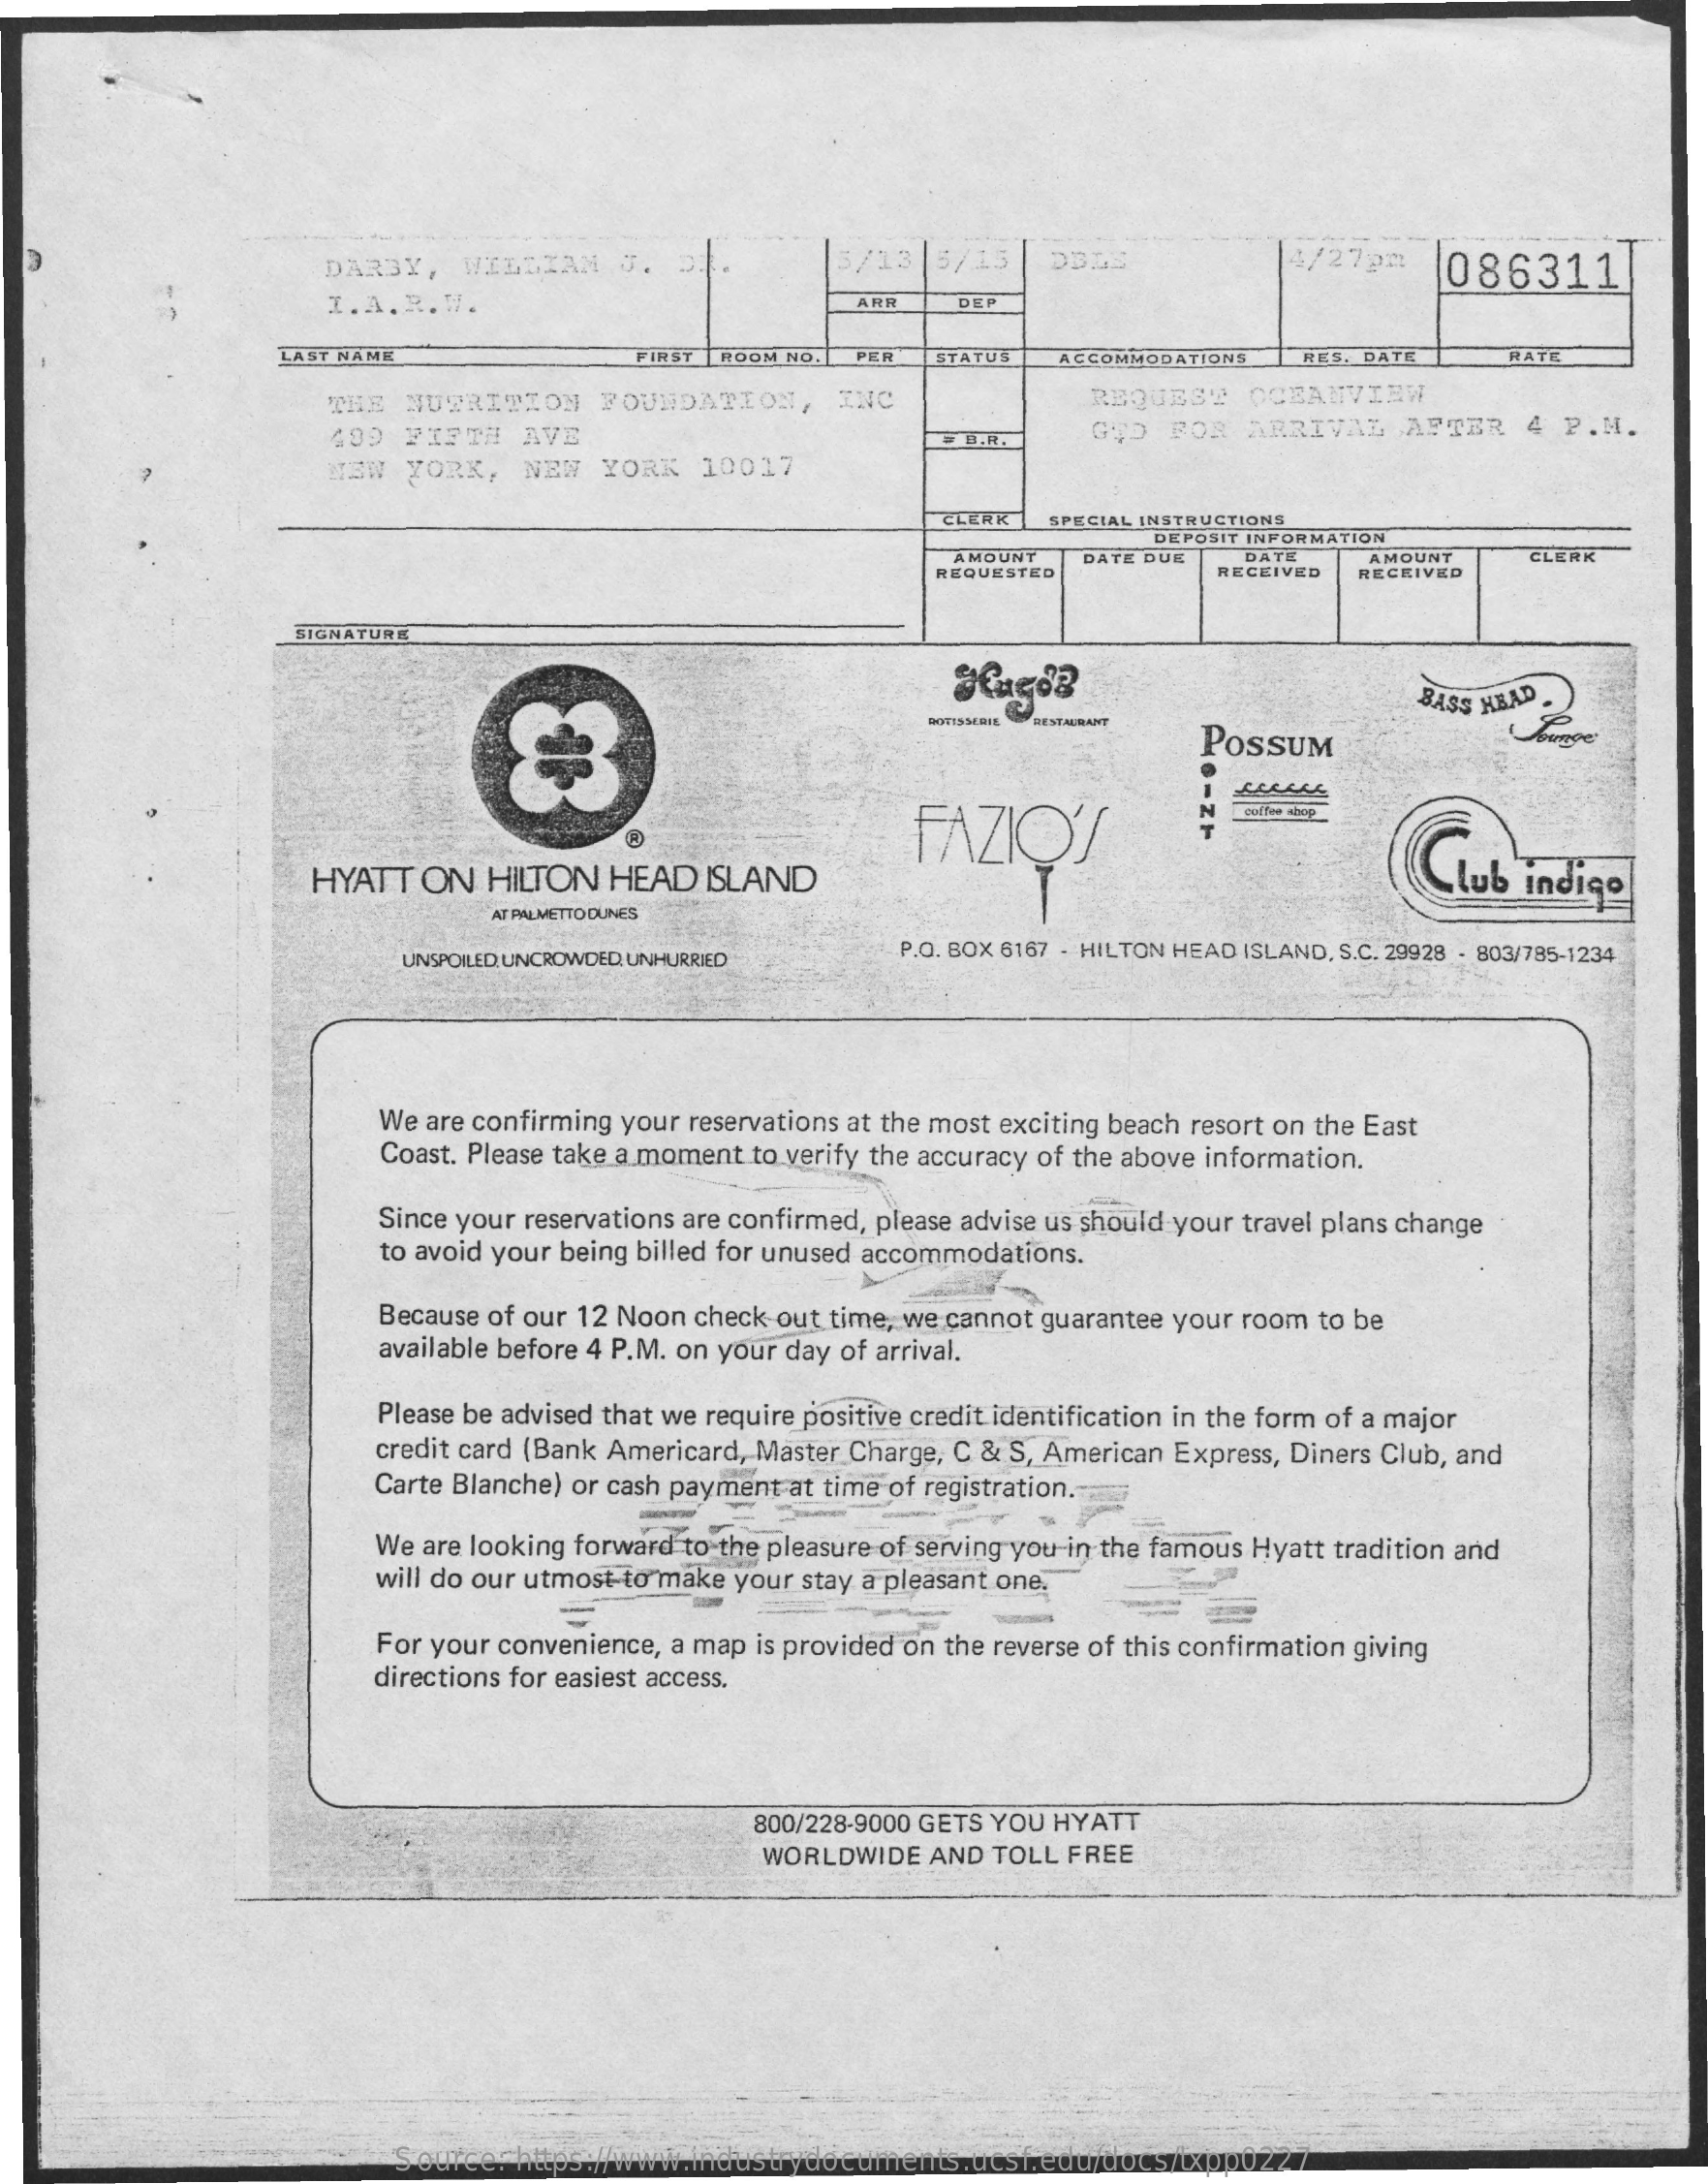
DARBY,  WILLIAM    J.    5/13   5/15   DELE    4/27pm    086311
     I.A. R.V.    ARR   DEP
     LAST NAME    FIRST ROOM NO. PER  STATUS  ACCOMMODATIONS  RES. DATE    HATE
     THE  NUTRITION    FOUNDATION,    INC    REQUEST   OCEANVIEW
     499  FIFTH  AVE    . B.R.    GTD  FOR  ARRIVAL    AFTER   4 P.M.
     NEW  YORK,   NEW  YORK  10017
     CLERK  SPECIAL INSTRUCTIONS
     DEPOSIT INFORMATION
     AMOUNT    DATE    CLERK
     REQUESTED
     DATE DUE
     RECEIVED
     AMOUNT
     RECEIVED
     SIGNATURE
     BASS HEAD
     RESTAURANT
     POSSUM
     FAZIO'T
     HYATT  ON  HILTON  HEAD  ISLAND    Club  indigo
     AT PALMETTO DUNES
     UNSPOILED. UNCROWDED. UNHURRIED  P.O. BOX 6167 - HILTON HEAD ISLAND, S.C. 29928 - 803/785-1234
     We are confirming your reservations at the most exciting beach resort on the East
     Coast. Please take a moment to verify the accuracy of the above information.
     Since your reservations are confirmed, please advise us should your travel plans change
     to avoid your being billed for unused accommodations.
     Because of our 12 Noon check out time, we cannot guarantee your room to be
     available before 4 P.M. on your day of arrival.
     Please be advised that we require positive credit identification in the form of a major
     credit card (Bank Americard, Master Charge, C & S, American Express, Diners Club, and
     Carte Blanche) or cash payment at time of registration.
     We are looking forward to the pleasure of serving you in the famous Hyatt tradition and
     will do our utmost-to make your stay a pleasant one.
     For your convenience, a map is provided on the reverse of this confirmation giving
     =
     directions for easiest access.
     800/228-9000 GETS YOU HYATT
     WORLDWIDE  AND TOLL FREE
     Source: https://www.industrydocuments.ucsf.edu/docs/txpp0227